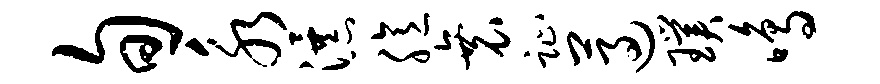
旬永瀑臆衰趾遵璞鸣